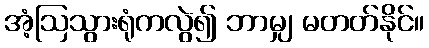
အံ့ဩသွားရုံကလွဲ၍ ဘာမျှ မတတ်နိုင်။